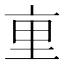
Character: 𫟯